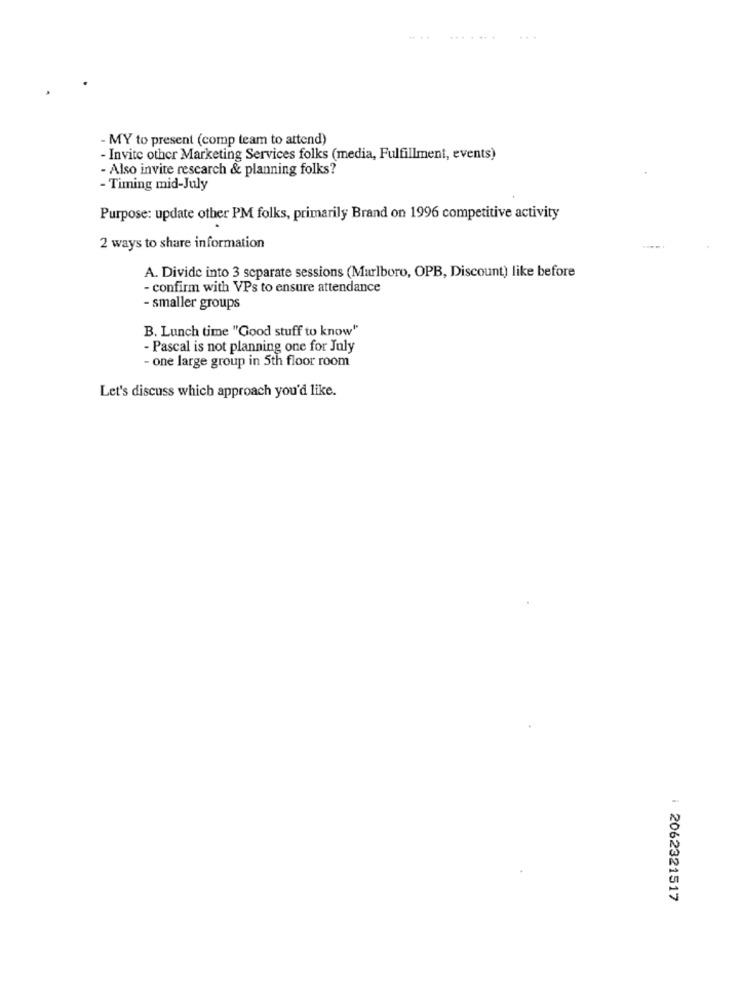
...
- MY to present (comp team to attend)
- Invite other Marketing Services folks (media, Fulfillment, events)
- Also invite research & planning folks?
- Timing mid-July
Purpose: update other PM folks, primarily Brand on 1996 competitive activity
2 ways to share information
A. Divide into 3 separate sessions (Marlboro, OPB, Discount) like before
- confirm with VPs to ensure attendance
- smaller groups
B. Lunch time "Good stuff to know"
- Pascal is not planning one for July
- one large group in 5th floor room
Let's discuss which approach you'd like.
i 2062321517